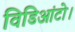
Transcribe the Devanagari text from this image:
विडिआंटो।